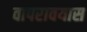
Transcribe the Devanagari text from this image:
वापरावयास